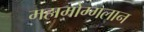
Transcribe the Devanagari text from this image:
महामोग्गलान